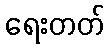
ရေးတတ်